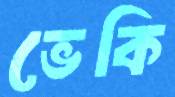
ভেকি